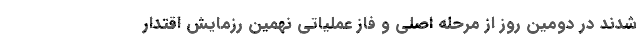
شدند در دومین روز از مرحله اصلی و فاز عملیاتی نهمین رزمایش اقتدار